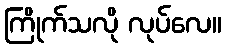
ကြိုက်သလို လုပ်လေ။